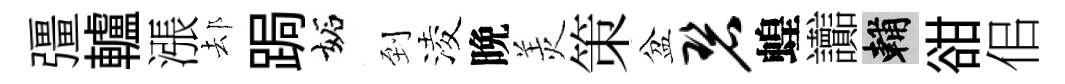
彊轤漲𨚫跼妬到淩晩羙策盆碧蝗讟輔𧮳佀